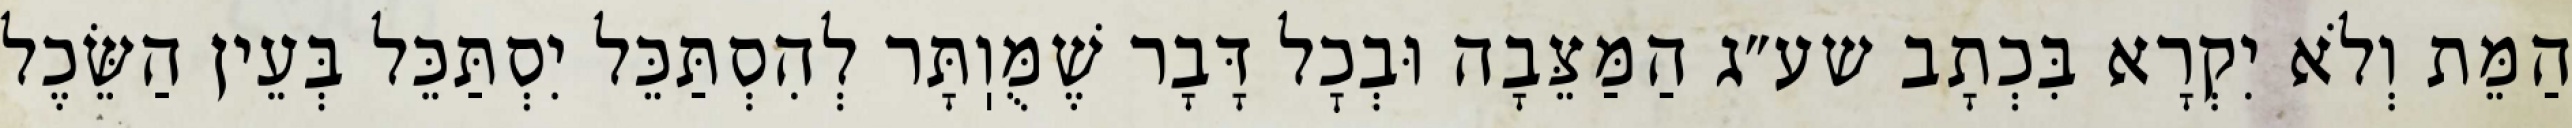
הַמֵּת וְלֹא יִקְרָא בִּכְתָב שע״ג הַמַּצֵּבָה וּבְכׇל דָּבָר שֶׁמֻּוֽתָּר לְהִסְתַּכֵּל יִסְתַּכֵּל בְּעֵין הַשֵּׂכֶל